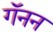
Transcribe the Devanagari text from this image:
गॅनन